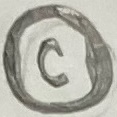
Text: C